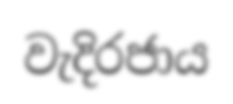
වැදිරජාය